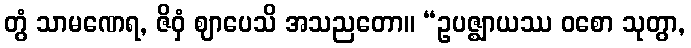
တွံ သာမဏေရ, ဇိဝှံ ဈာပေသိ အသညတော။ “ဥပဇ္ဈာယဿ ဝစော သုတွာ,